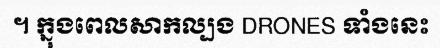
។ ក្នុងពេលសាកល្បង DRONES ទាំងនេះ